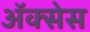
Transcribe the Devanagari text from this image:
अॅक्सेस